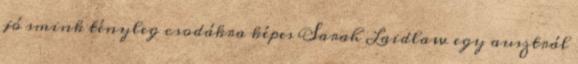
jó smink tényleg csodákra képes Sarah Laidlaw egy ausztrál